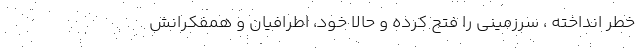
خطر انداخته ، سرزمینی را فتح کرده و حالا خود، اطرافیان و همفکرانش